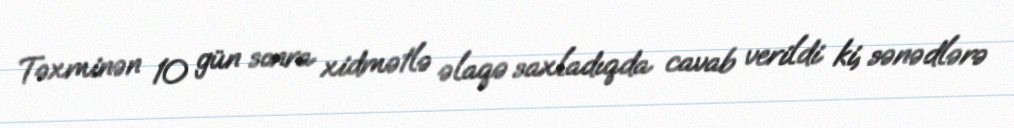
Təxminən 10 gün sonra xidmətlə əlaqə saxladıqda cavab verildi ki, sənədlərə